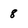
Character: 8